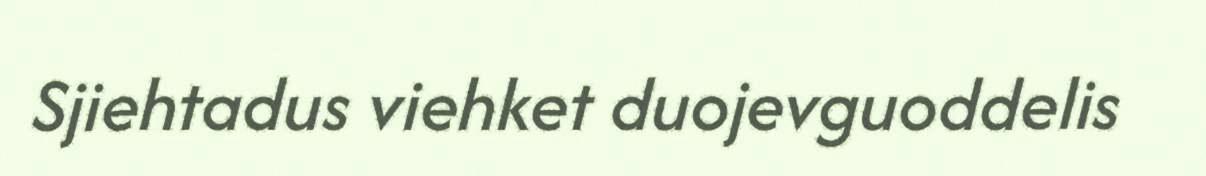
Sjiehtadus viehket duojevguoddelis